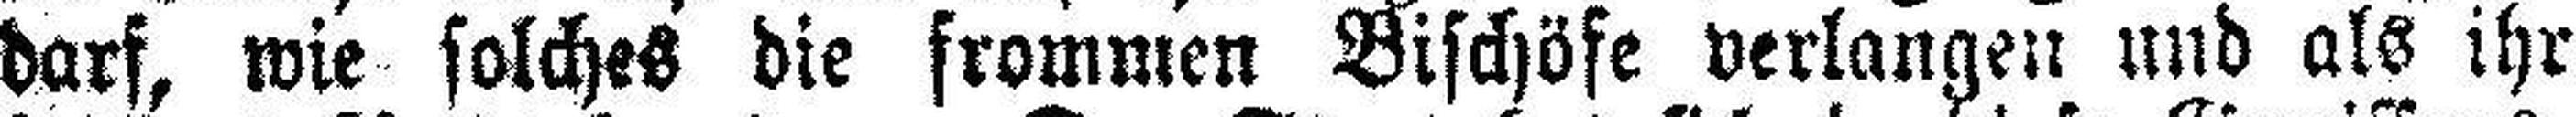
darf, wie solches die frommen Bischöfe verlangen und als ihr